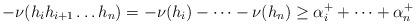
LaTeX: \begin{align*}-\nu(h_i h_{i+1} \dots h_n) = -\nu(h_i) - \dots - \nu(h_n) \ge \alpha^+_i + \dots + \alpha^+_n\end{align*}